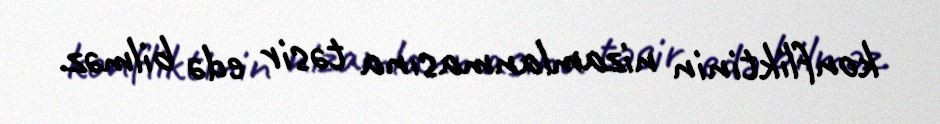
konfliktinin nizamlanmasına təsir edə bilməz.